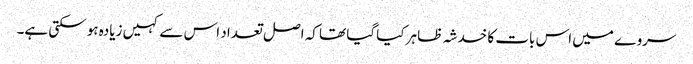
سروے میں اس بات کا خدشہ ظاہر کیا گیا تھا کہ اصل تعداد اس سے کہیں زیادہ ہو سکتی ہے۔